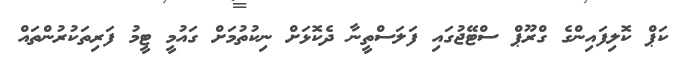
ކަޕް ކޮލިފައިންގެ ގްރޫޕް ސްޓޭޖުގައި ފަލަސްތީނާ ދެކޮޅަށް ނިކުތުމަށް ގައުމީ ޓީމު ފަރިތަކުރުންތައް